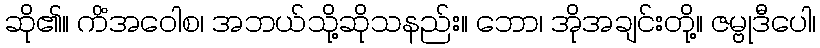
ဆို၏။ ကိံအဝေါစ၊ အဘယ်သို့ဆိုသနည်း။ ဘော၊ အိုအချင်းတို့။ ဇမ္ဗုဒီပေါ၊